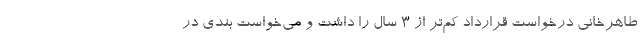
طاهرخانی درخواست قرارداد کم‌تر از ٣ سال را داشت و می‌خواست بندی در